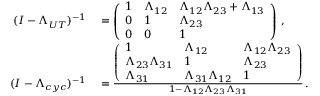
\begin{array} { r l } { ( I - \Lambda _ { U T } ) ^ { - 1 } } & { { } = \left( \begin{array} { l l l } { 1 } & { \Lambda _ { 1 2 } } & { \Lambda _ { 1 2 } \Lambda _ { 2 3 } + \Lambda _ { 1 3 } } \\ { 0 } & { 1 } & { \Lambda _ { 2 3 } } \\ { 0 } & { 0 } & { 1 } \end{array} \right) \, , } \\ { \medskip ( I - \Lambda _ { c y c } ) ^ { - 1 } } & { { } = \frac { \left( \begin{array} { l l l } { 1 } & { \Lambda _ { 1 2 } } & { \Lambda _ { 1 2 } \Lambda _ { 2 3 } } \\ { \Lambda _ { 2 3 } \Lambda _ { 3 1 } } & { 1 } & { \Lambda _ { 2 3 } } \\ { \Lambda _ { 3 1 } } & { \Lambda _ { 3 1 } \Lambda _ { 1 2 } } & { 1 } \end{array} \right) } { 1 - \Lambda _ { 1 2 } \Lambda _ { 2 3 } \Lambda _ { 3 1 } } \, . } \end{array}